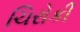
ચિરોકી